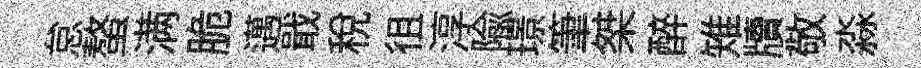
怠螯满脆邁戢稅徂淳隃璟筆桀醉雉牘敬淼